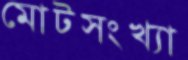
মোটসংখ্যা